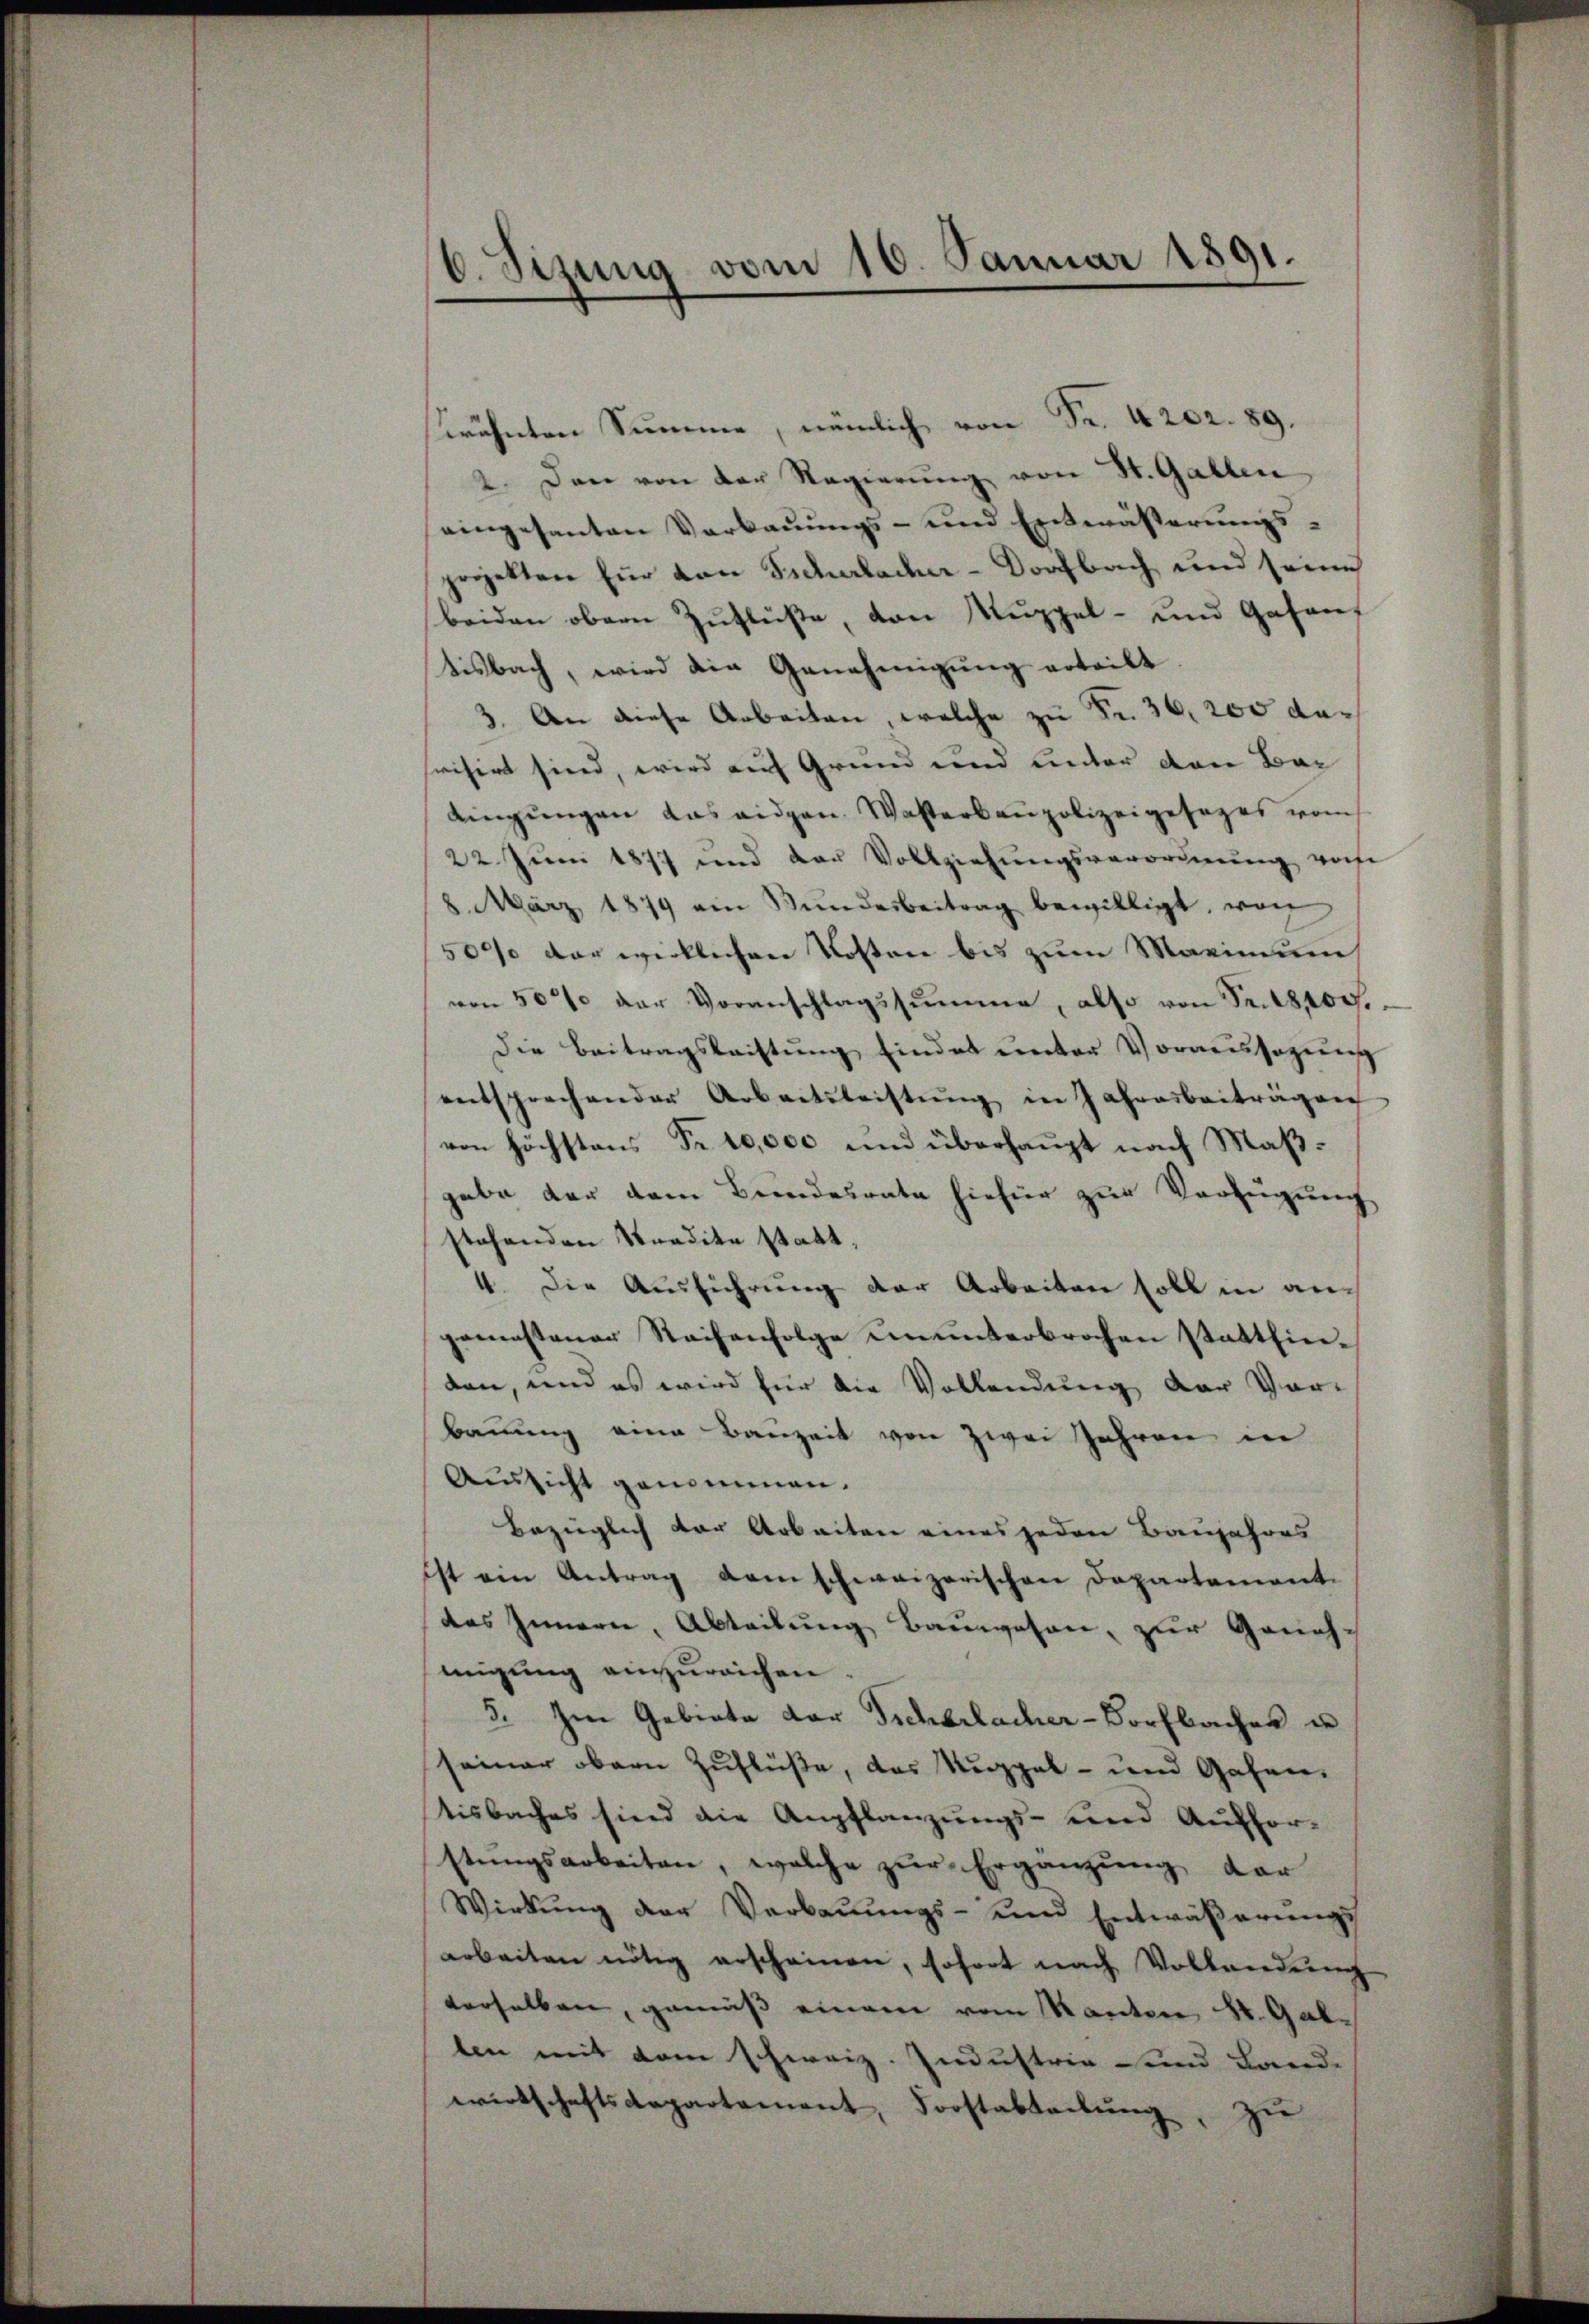
6. Sizung vom 10. Januar 1891.

wähnten Summe, nämlich von Fr. 4202. 89.
2. Den von der Regierung von St. Gallen
eingesanten Verbauungs- und Entwässerungsprojekten für von Sicherlacher-Dorfbach und seine
beiden obern Zuflüße, von Kuppel- und Gasantisbach, wird die Genehmigung erteilt
3. An diese Arbeiten, welche zu Fr. 30, 200 dasrisirt sind, wird auf Grund und unter den Bar
dingŭngen das eidgen. Wasterbaupolizeigesezes vom
22. Juni 1877 und der Vollziehungsverordnung vonse
8. März 1879 am Bŭndesbeitrag bewilligt, von
500% der wirklichen Kosten bis zum Marinum
von 50% der Voranschlagssumme, also von Fr. 18,000.
Die Beitragsleistung findet unter Voraussagung
entsprechender Arbeitsleistŭng in Jahresbeiträgen
von höchstens Fr. 10,000 und überhaupt nach Maßgabe der dem Bundesrate hiefür zur Verfügung
stehenden Sardite statt,
4. Die Aŭsführŭng der Arbeiten soll in angemestener Steihenfolge ununterbrochen stattfinden, und es wird für die Vollendung der Vor-
bauung eine Bauzeit von zwei Jahren in
Aussicht genommen.
Bezüglich der Arbeiten eines jeden Baujahres
ist ein Antrag dem schweizerischen Departement-
das Innern, Abteilung Bauwesen, zur Genehmigung einzureichen.
3. Im Gebiete der Sicherlacher-Vorfbacher un
seiner obern Zuflüße, das Kuppel- und Gasen-
tisbaches sind die Anpflanzungs- und Auffor-
stŭngsarbeiten, welche zur Ergänzung der
Wirkung der Verbauungs- und Entwäßerungs
arbeiten nötig erscheinen, sofort nach Vollandŭng
derselben, gemäß einem vom Kanton St. Gallen mit dem schweiz. Industria und Lande
wirtschaftsdepartement, Forstabteilŭng, zu